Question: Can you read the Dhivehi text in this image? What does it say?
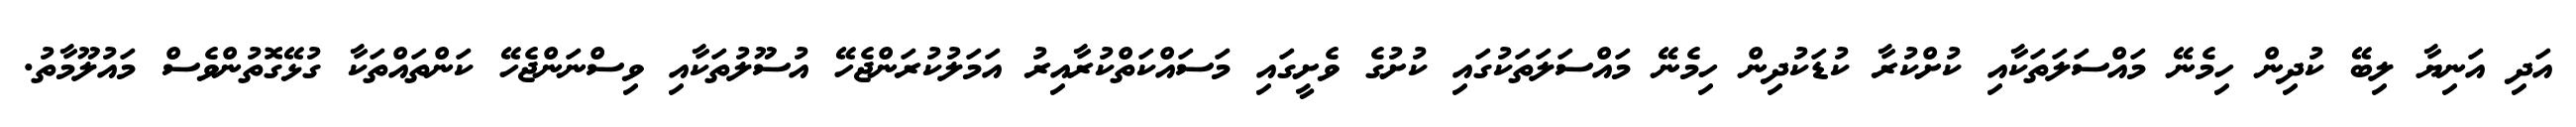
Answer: އަދި އަނިޔާ ލިބޭ ކުދިން ހިމެނޭ މައްސަލަތަކާއި ކުށްކުރާ ކުޑަކުދިން ހިމެނޭ މައްސަލަތަކުގައި ކުށުގެ ވެށީގައި މަސައްކަތްކުރާއިރު އަމަލުކުރަންޖެހޭ އުސޫލުތަކާއި ވިސްނަންޖެހޭ ކަންތައްތަކާ ގުޅޭގޮތުންވެސް މައުލޫމާތު.